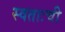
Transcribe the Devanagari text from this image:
स्वताःची